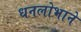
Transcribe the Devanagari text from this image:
धनलोभाने